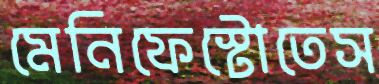
মেনিফেস্টোতেস